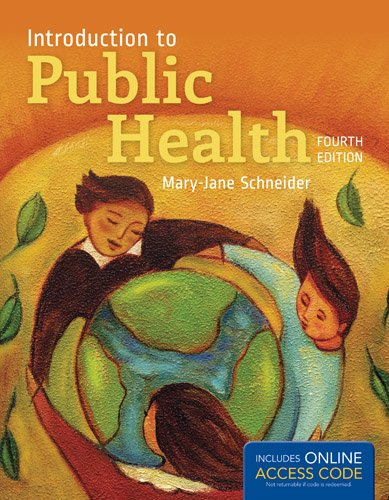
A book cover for Introduction To Public Health; Mary-Jane Schneider; Medical Books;